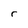
Character: r